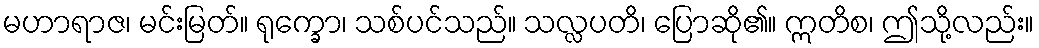
မဟာရာဇ၊ မင်းမြတ်။ ရုက္ခော၊ သစ်ပင်သည်။ သလ္လပတိ၊ ပြောဆို၏။ ဣတိစ၊ ဤသို့လည်း။